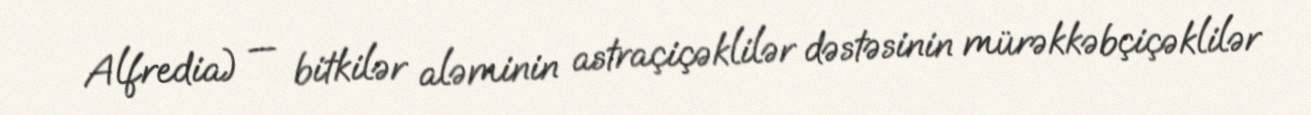
Alfredia) — bitkilər aləminin astraçiçəklilər dəstəsinin mürəkkəbçiçəklilər